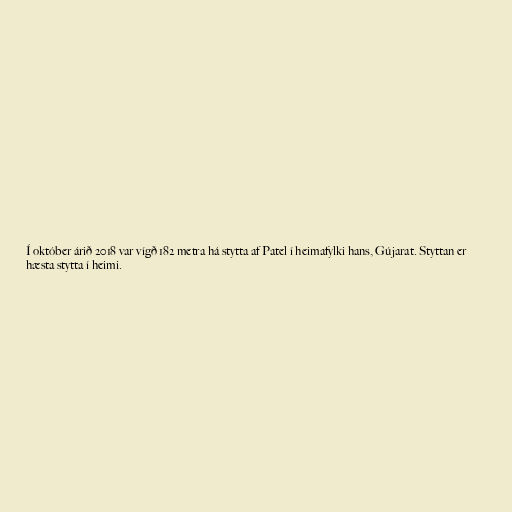
Í október árið 2018 var vígð 182 metra há stytta af Patel í heimafylki hans, Gújarat. Styttan er
hæsta stytta í heimi.